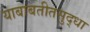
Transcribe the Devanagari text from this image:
याबाबतीतसुद्‌धा